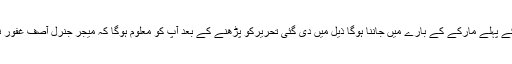
اس کو سمجھنے کے لئے آپ کو 1965کی پاک بھارت جنگ کے پہلے مارکے کے بارے میں جاننا ہوگا ذیل میں دی گئی تحریرکو پڑھنے کے بعد آپ کو معلوم ہوگا کہ میجر جنرل آصف غفور نے آخر "آخری جوان ،آخری گولی" تک لڑنے کی بات کیوں کی۔